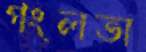
গংলতা